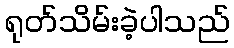
ရုတ်သိမ်းခဲ့ပါသည်